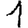
Digit: 1